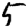
Digit: 5